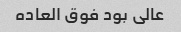
عالی بود فوق العاده